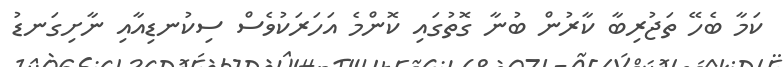
ކަމާ ބެހޭ ތަޖުރިބާ ކާރުން ބުނާ ގޮތުގައި ކޮންމެ އަހަރަކުވެސް ސިކުނޑިއާއި ނާށިގަނޑު